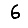
Digit: 6